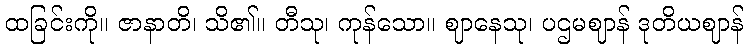
ထခြင်းကို။ ဇာနာတိ၊ သိ၏။ တီသု၊ ကုန်သော။ ဈာနေသု၊ ပဌမဈာန် ဒုတိယဈာန်